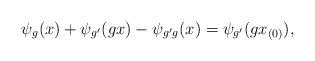
LaTeX: \begin{align*}\psi_g(x) + \psi_{g'}(gx) - \psi_{g'g}(x) = \psi_{g'}(g x_{(0)}),\end{align*}